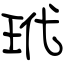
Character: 玳